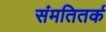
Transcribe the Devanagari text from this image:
संमतितर्क